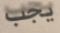
يجب